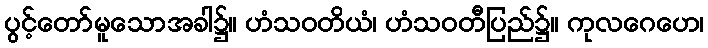
ပွင့်တော်မူသောအခါ၌။ ဟံသဝတိယံ၊ ဟံသဝတီပြည်၌။ ကုလဂေဟေ၊